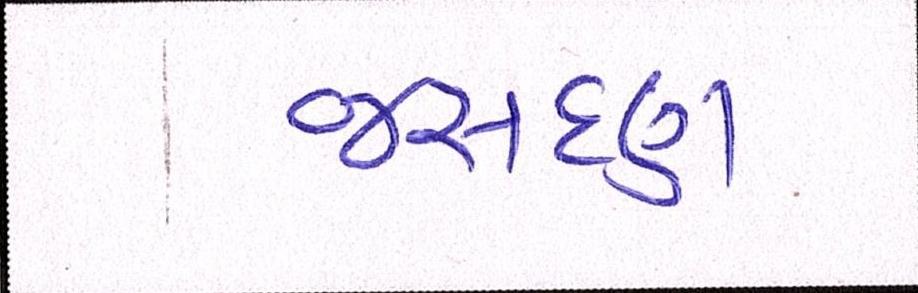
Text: જસદણ